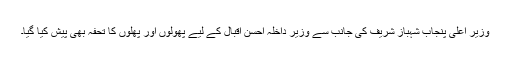
وزیرِ اعلیٰ پنجاب شہباز شریف کی جانب سے وزیرِ داخلہ احسن اقبال کے لیے پھولوں اور پھلوں کا تحفہ بھی پیش کیا گیا۔